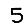
Digit: 5